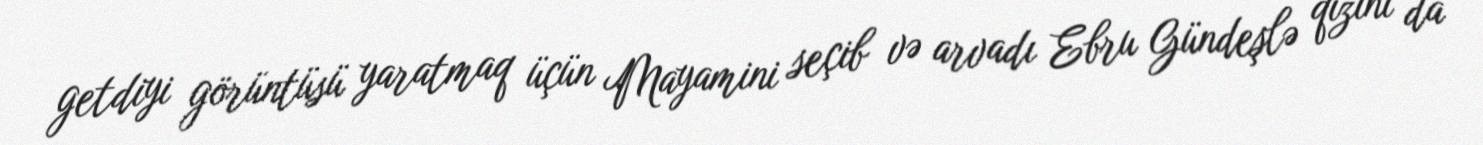
getdiyi görüntüsü yaratmaq üçün Mayamini seçib və arvadı Ebru Gündeşlə qızını da